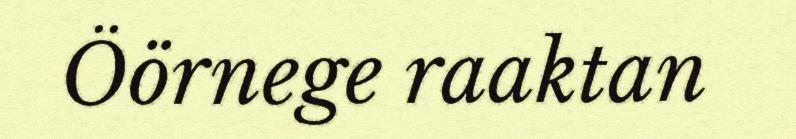
Öörnege raaktan